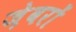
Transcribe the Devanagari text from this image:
जे़वरों